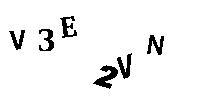
V3E2VN